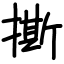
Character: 撕